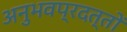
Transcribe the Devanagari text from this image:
अनुभवप्रदत्तों